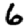
Digit: 6